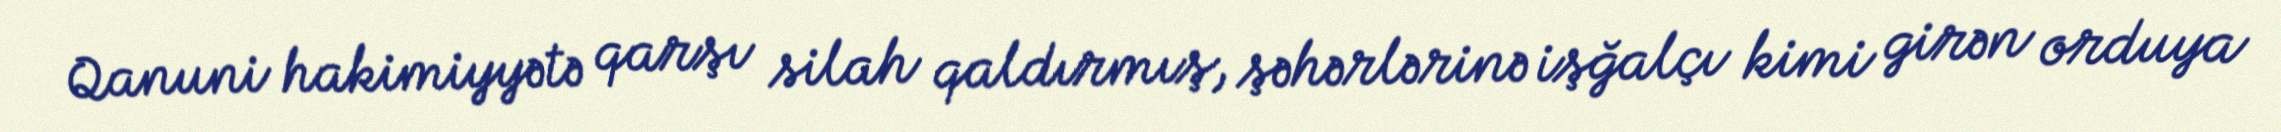
Qanuni hakimiyyətə qarşı silah qaldırmış, şəhərlərinə işğalçı kimi girən orduya